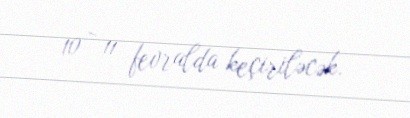
10 - 11 fevralda keçiriləcək.